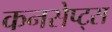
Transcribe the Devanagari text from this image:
कनसेप्ट्स